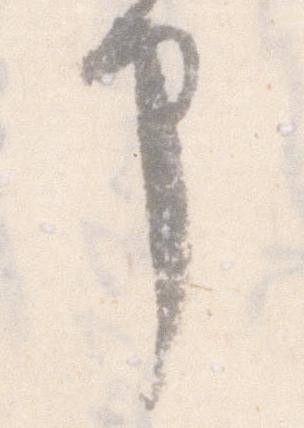
申